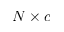
N \times c